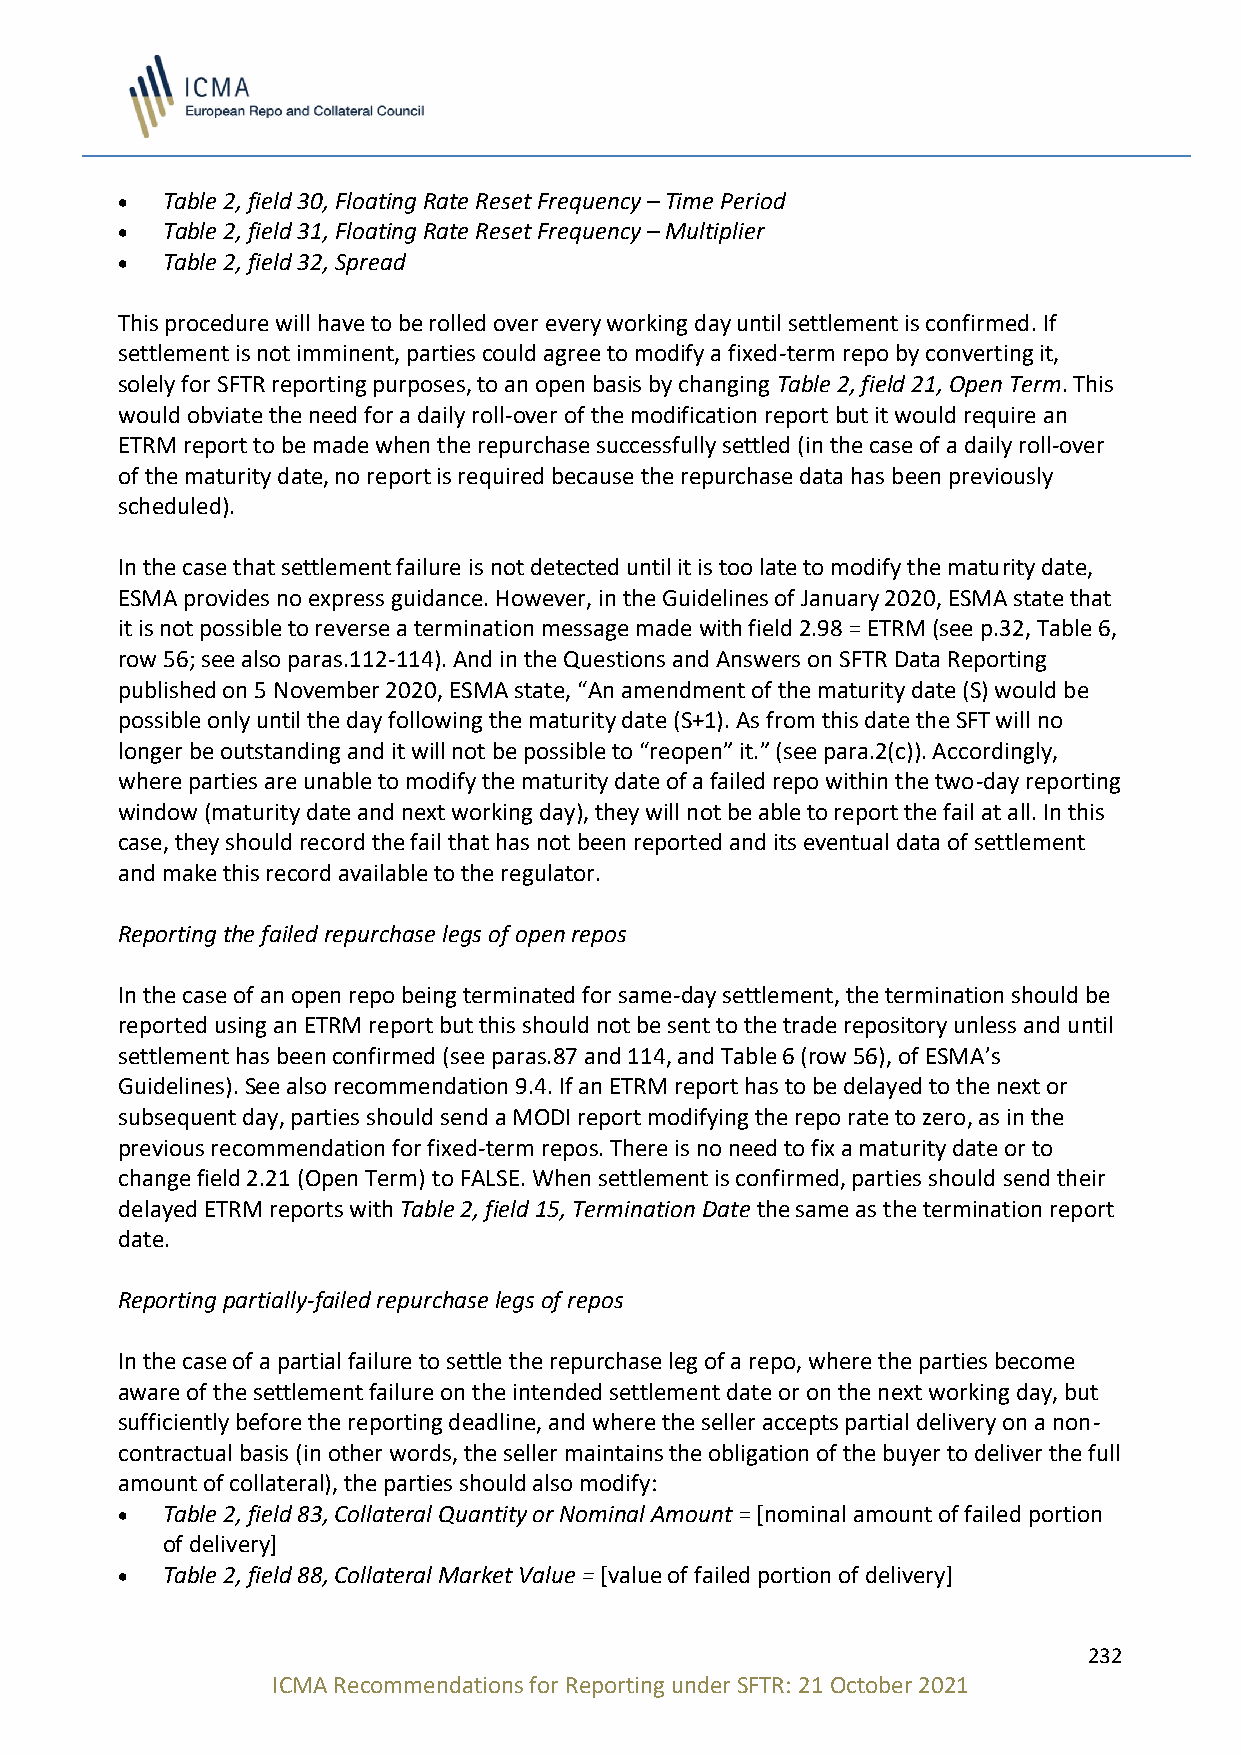
•  Table 2, field 30, Floating Rate Reset Frequency – Time Period
 •  Table 2, field 31, Floating Rate Reset Frequency – Multiplier
 •  Table 2, field 32, Spread
 This procedure will have to be rolled over every working day until settlement is confirmed. If
 settlement is not imminent, parties could agree to modify a fixed-term repo by converting it,
 solely for SFTR reporting purposes, to an open basis by changing Table 2, field 21, Open Term. This
 would obviate the need for a daily roll-over of the modification report but it would require an
 ETRM report to be made when the repurchase successfully settled (in the case of a daily roll-over
 of the maturity date, no report is required because the repurchase data has been previously
 scheduled).
 In the case that settlement failure is not detected until it is too late to modify the maturity date,
 ESMA provides no express guidance. However, in the Guidelines of January 2020, ESMA state that
 it is not possible to reverse a termination message made with field 2.98 = ETRM (see p.32, Table 6,
 row 56; see also paras.112-114). And in the Questions and Answers on SFTR Data Reporting
 published on 5 November 2020, ESMA state, “An amendment of the maturity date (S) would be
 possible only until the day following the maturity date (S+1). As from this date the SFT will no
 longer be outstanding and it will not be possible to “reopen” it.” (see para.2(c)). Accordingly,
 where parties are unable to modify the maturity date of a failed repo within the two-day reporting
 window (maturity date and next working day), they will not be able to report the fail at all. In this
 case, they should record the fail that has not been reported and its eventual data of settlement
 and make this record available to the regulator.
 Reporting the failed repurchase legs of open repos
 In the case of an open repo being terminated for same-day settlement, the termination should be
 reported using an ETRM report but this should not be sent to the trade repository unless and until
 settlement has been confirmed (see paras.87 and 114, and Table 6 (row 56), of ESMA’s
 Guidelines). See also recommendation 9.4. If an ETRM report has to be delayed to the next or
 subsequent day, parties should send a MODI report modifying the repo rate to zero, as in the
 previous recommendation for fixed-term repos. There is no need to fix a maturity date or to
 change field 2.21 (Open Term) to FALSE. When settlement is confirmed, parties should send their
 delayed ETRM reports with Table 2, field 15, Termination Date the same as the termination report
 date.
 Reporting partially-failed repurchase legs of repos
 In the case of a partial failure to settle the repurchase leg of a repo, where the parties become
 aware of the settlement failure on the intended settlement date or on the next working day, but
 sufficiently before the reporting deadline, and where the seller accepts partial delivery on a non-
 contractual basis (in other words, the seller maintains the obligation of the buyer to deliver the full
 amount of collateral), the parties should also modify:
 •  Table 2, field 83, Collateral Quantity or Nominal Amount = [nominal amount of failed portion
 of delivery]
 •  Table 2, field 88, Collateral Market Value = [value of failed portion of delivery]
 232
 ICMA Recommendations for Reporting under SFTR: 21 October 2021